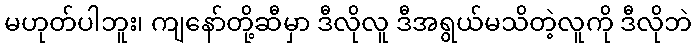
မဟုတ်ပါဘူး၊ ကျနော်တို့ဆီမှာ ဒီလိုလူ ဒီအရွယ်မသိတဲ့လူကို ဒီလိုဘဲ